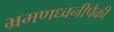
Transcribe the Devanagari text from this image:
भ्रमणध्वनींपैकी